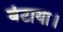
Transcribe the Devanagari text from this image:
बंटाया।